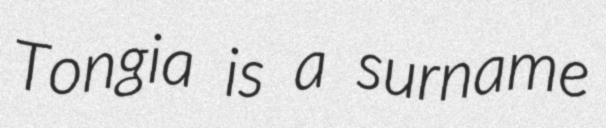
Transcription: Tongia is a surname